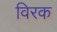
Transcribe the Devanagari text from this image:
विरक